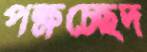
পক্ষচ্ছেদ